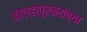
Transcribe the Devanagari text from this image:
कोल्हापूरकरांच्या